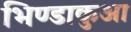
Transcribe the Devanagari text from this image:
भिण्डाकुआ